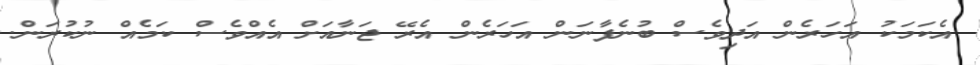
އެކަމަކު އަހަރެން އަދިވެސް ބުނެފާނަން އަހަރެން އެރޭ ޖަނާއަށް އެއްވެސް ކަމެއް ނުކުރަން.